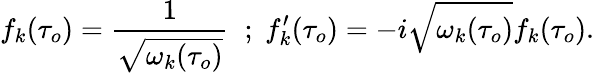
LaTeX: f_{k}(\tau_{o})=\frac{1}{\sqrt{\omega_{k}(\tau_{o})}}\; \; ;\; f_{k}^{\prime}(\tau_{o})=-i\sqrt{\omega_{k}(\tau_{o})}f_{k}(\tau_{o}).